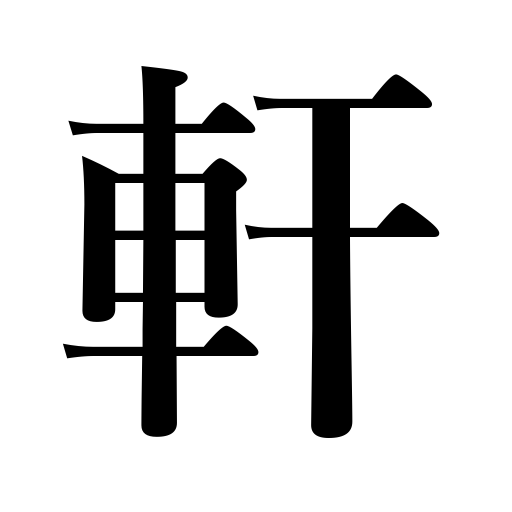
Meanings: eaves,house counter